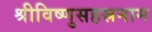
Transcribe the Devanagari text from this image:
श्रीविष्णुसहस्रनाम